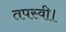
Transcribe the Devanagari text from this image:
तपस्वी।